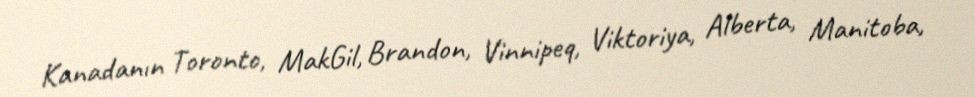
Kanadanın Toronto, MakGil, Brandon, Vinnipeq, Viktoriya, Alberta, Manitoba,